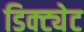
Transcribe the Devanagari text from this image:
डिक्ट्येट